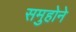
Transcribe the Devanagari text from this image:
समुहोने